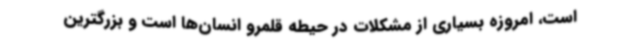
است، امروزه بسیاری از مشکلات در حیطه قلمرو انسان‌ها است و بزرگترین